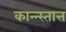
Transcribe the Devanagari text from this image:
कान्न्स्तात्त